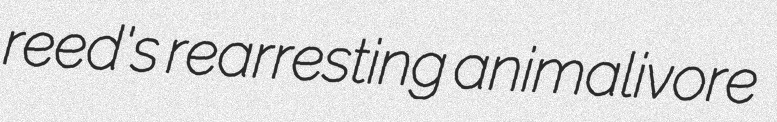
reed's rearresting animalivore